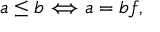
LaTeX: a \leq b \Longleftrightarrow a = b f ,